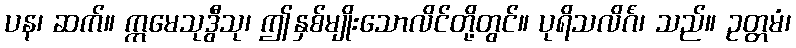
ပန၊ ဆက်။ ဣမေသုဒွီသု၊ ဤနှစ်မျိုးသောလိင်တို့တွင်။ ပုရိသလိင်္ဂံ၊ သည်။ ဥတ္တမံ၊